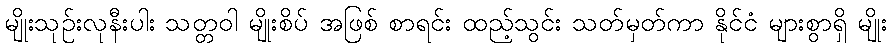
မျိုးသုဉ်းလုနီးပါး သတ္တဝါ မျိုးစိပ် အဖြစ် စာရင်း ထည့်သွင်း သတ်မှတ်ကာ နိုင်ငံ များစွာရှိ မျိုး